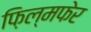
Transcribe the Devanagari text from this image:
फ़िल्मफेर